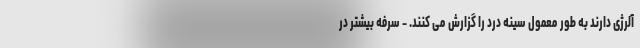
آلرژی دارند به طور معمول سینه درد را گزارش می کنند. - سرفه بیشتر در